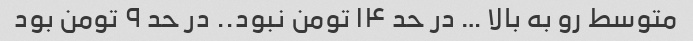
متوسط رو به بالا … در حد ۱۴ تومن نبود.. در حد ۹ تومن بود